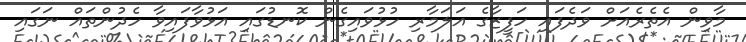
މާވިން އެތެރެއަށް ވަދެފައި ހަފީޒާގެ އަލަމާރި ހުޅުވައިގެން ކޮނޑުގައި އަޅުވާފައިވާ ހެދުންތައް ނަގައި